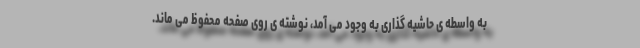
به واسطه ی حاشیه گذاری به وجود می آمد، نوشته ی روی صفحه محفوظ می ماند.